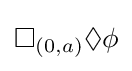
\Box _{(0,a)}\Diamond \phi